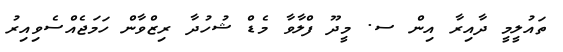
ތައުލީމީ ދާއިރާ އިން ސ. މީދޫ ފްލާވާ މެޑް ޝުހުދާ ރިޒްވާން ހަމަޖެއްސެވިއިރު